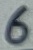
Text: 6